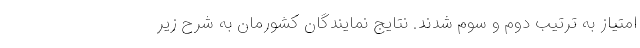
امتیاز به ترتیب دوم و سوم شدند. نتایج نمایندگان کشورمان به شرح زیر